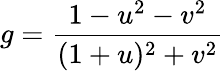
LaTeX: g=\frac{1-u^{2}-v^{2}}{(1+u)^{2}+v^{2}}